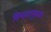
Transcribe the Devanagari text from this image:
विभावानूभावा